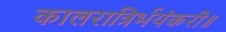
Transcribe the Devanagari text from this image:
कालरात्रिर्भयंकरी॥